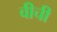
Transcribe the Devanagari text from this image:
वीची